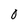
Character: 0